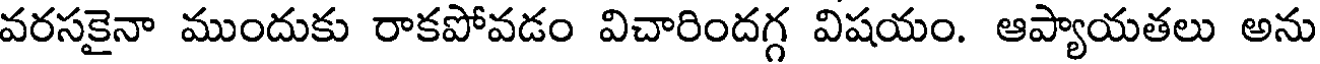
వరసకైనా ముందుకు రాకపోవడం విచారిందగ్గ విషయం. ఆప్యాయతలు అను